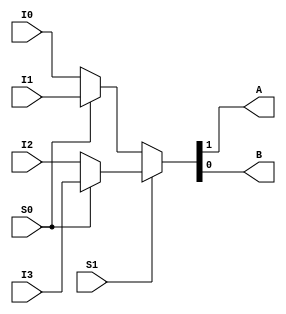
`timescale 1ns / 1ps
//////////////////////////////////////////////////////////////////////////////////
// Company: 
// Engineer: 
// 
// Design Name: 
// Module Name: mux_4to1
// Project Name: 
// Target Devices: 
// Tool Versions: 
// Description: 
// 
// Dependencies: 
// 
// Revision:
// Revision 0.01 - File Created
// Additional Comments:
// 
//////////////////////////////////////////////////////////////////////////////////


module mux_4to1(I0,I1,I2,I3,S0,S1,A, B);
input [1:0] I0,I1,I2,I3;
input S0,S1;
output A, B;

assign {A,B} = S1 ? (S0 ? I3:I2):(S0 ? I1:I0);

endmodule